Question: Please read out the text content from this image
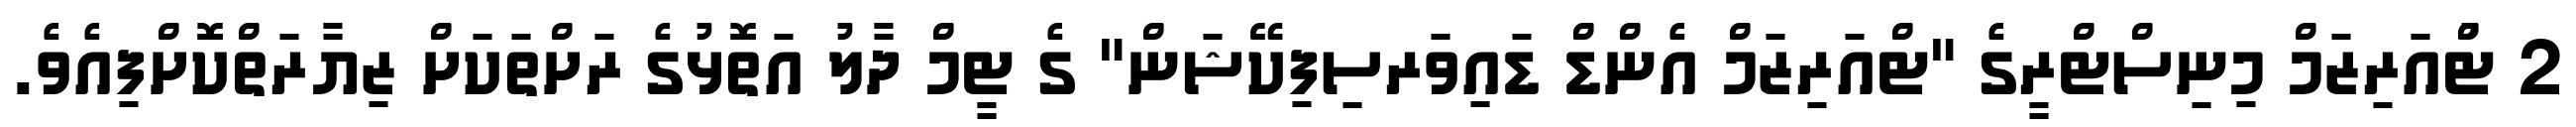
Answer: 2 ޓްުއަރިޒަމް މިނިސްޓްރީގެ "ޓްއަރިޒަމް އެންޑް ޑައިވަރސިފިކޭޝަން" ގެ ޓީމް ދާލު އަތޮޅުގެ ރަށްތަކަށް ޒިޔާރަތްކޮށްފިއެވެ.